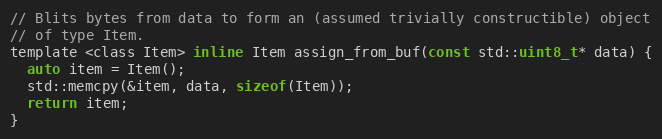
Language: C
// Blits bytes from data to form an (assumed trivially constructible) object
// of type Item.
template <class Item> inline Item assign_from_buf(const std::uint8_t* data) {
  auto item = Item();
  std::memcpy(&item, data, sizeof(Item));
  return item;
}